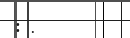
: .